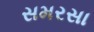
સમરસા